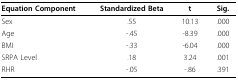
| Equation Component | Standardized Beta | t | Sig. |
 | --- | --- | --- | --- |
 | Sex | .55 | 10.13 | .000 |
 | Age | -.45 | -8.39 | .000 |
 | BMI | -.33 | -6.04 | .000 |
 | SRPA Level | .18 | 3.24 | .001 |
 | RHR | -.05 | -.86 | .391 |